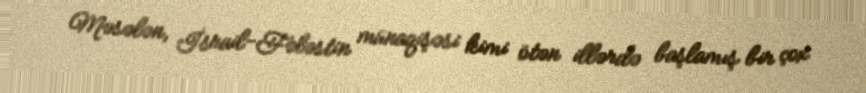
Məsələn, İsrail-Fələstin münaqişəsi kimi ötən illərdə başlamış bir çox